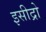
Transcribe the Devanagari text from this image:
इसीद्रो